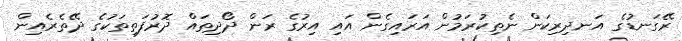
ރޭގަނޑުގެ އަނދިރިކަން ނެތިކުރަމުން އަރައިގެން އައި އިރުގެ ރަން ދޯދިތައް ދޮރުފަތިތަކުގެ ދޭތެރެއިން